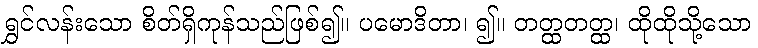
ရွှင်လန်းသော စိတ်ရှိကုန်သည်ဖြစ်၍။ ပမောဒိတာ၊ ၍။ တတ္ထတတ္ထ၊ ထိုထိုသို့သော